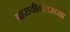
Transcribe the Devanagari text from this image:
बारावीनंतरच्या